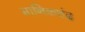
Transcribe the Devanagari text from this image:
मानिकचंद्र